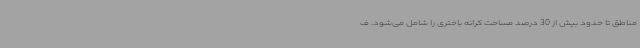
مناطق تا حدود بیش از 30 درصد مساحت کرانه باختری را شامل می‌شود. ف